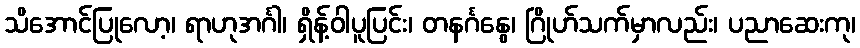
သိအောင်ပြုလော့၊ ရာဟုအင်္ဂါ၊ ရှိန့်ဝါပူပြင်း၊ တနင်္ဂနွေ၊ ဂြိုဟ်သက်မှာလည်း၊ ပညာဆေးကု၊